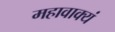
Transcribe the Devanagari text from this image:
महावाक्यं